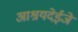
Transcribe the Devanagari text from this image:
आश्रयदेईजे